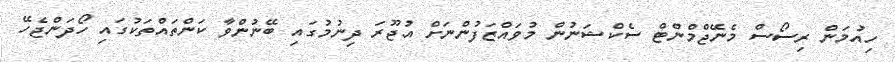
ހިއުމަން ރިސޯސް މެނޭޖްމްންޓް ސެކްޝަނުން މުވައްޒަފުންނަށް އުޖޫރަ ދިނުމުގައި ބޭނުންވާ ކަންތައްތަކުގައި ހޯދަންޖެހޭ